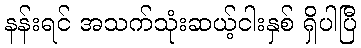
နန်းရင် အသက်သုံးဆယ့်ငါးနှစ် ရှိပါပြီ